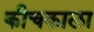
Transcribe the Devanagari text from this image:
कीचकाला